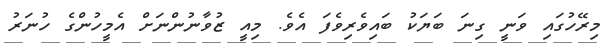
މިރޭހުގައި ވަނީ ގިނަ ބަޔަކު ބައިވެރިވެފަ އެވެ. މިއީ ޒުވާނުންނަށް އެމީހުންގެ ހުނަރު